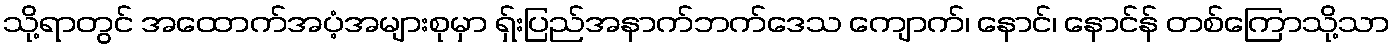
သို့ရာတွင် အထောက်အပံ့အများစုမှာ ရှ်းပြည်အနာက်ဘက်ဒေသ ကျောက်၊ နောင်၊ နောင်န် တစ်ကြောသို့သာ